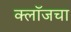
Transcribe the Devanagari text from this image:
क्लॉजचा